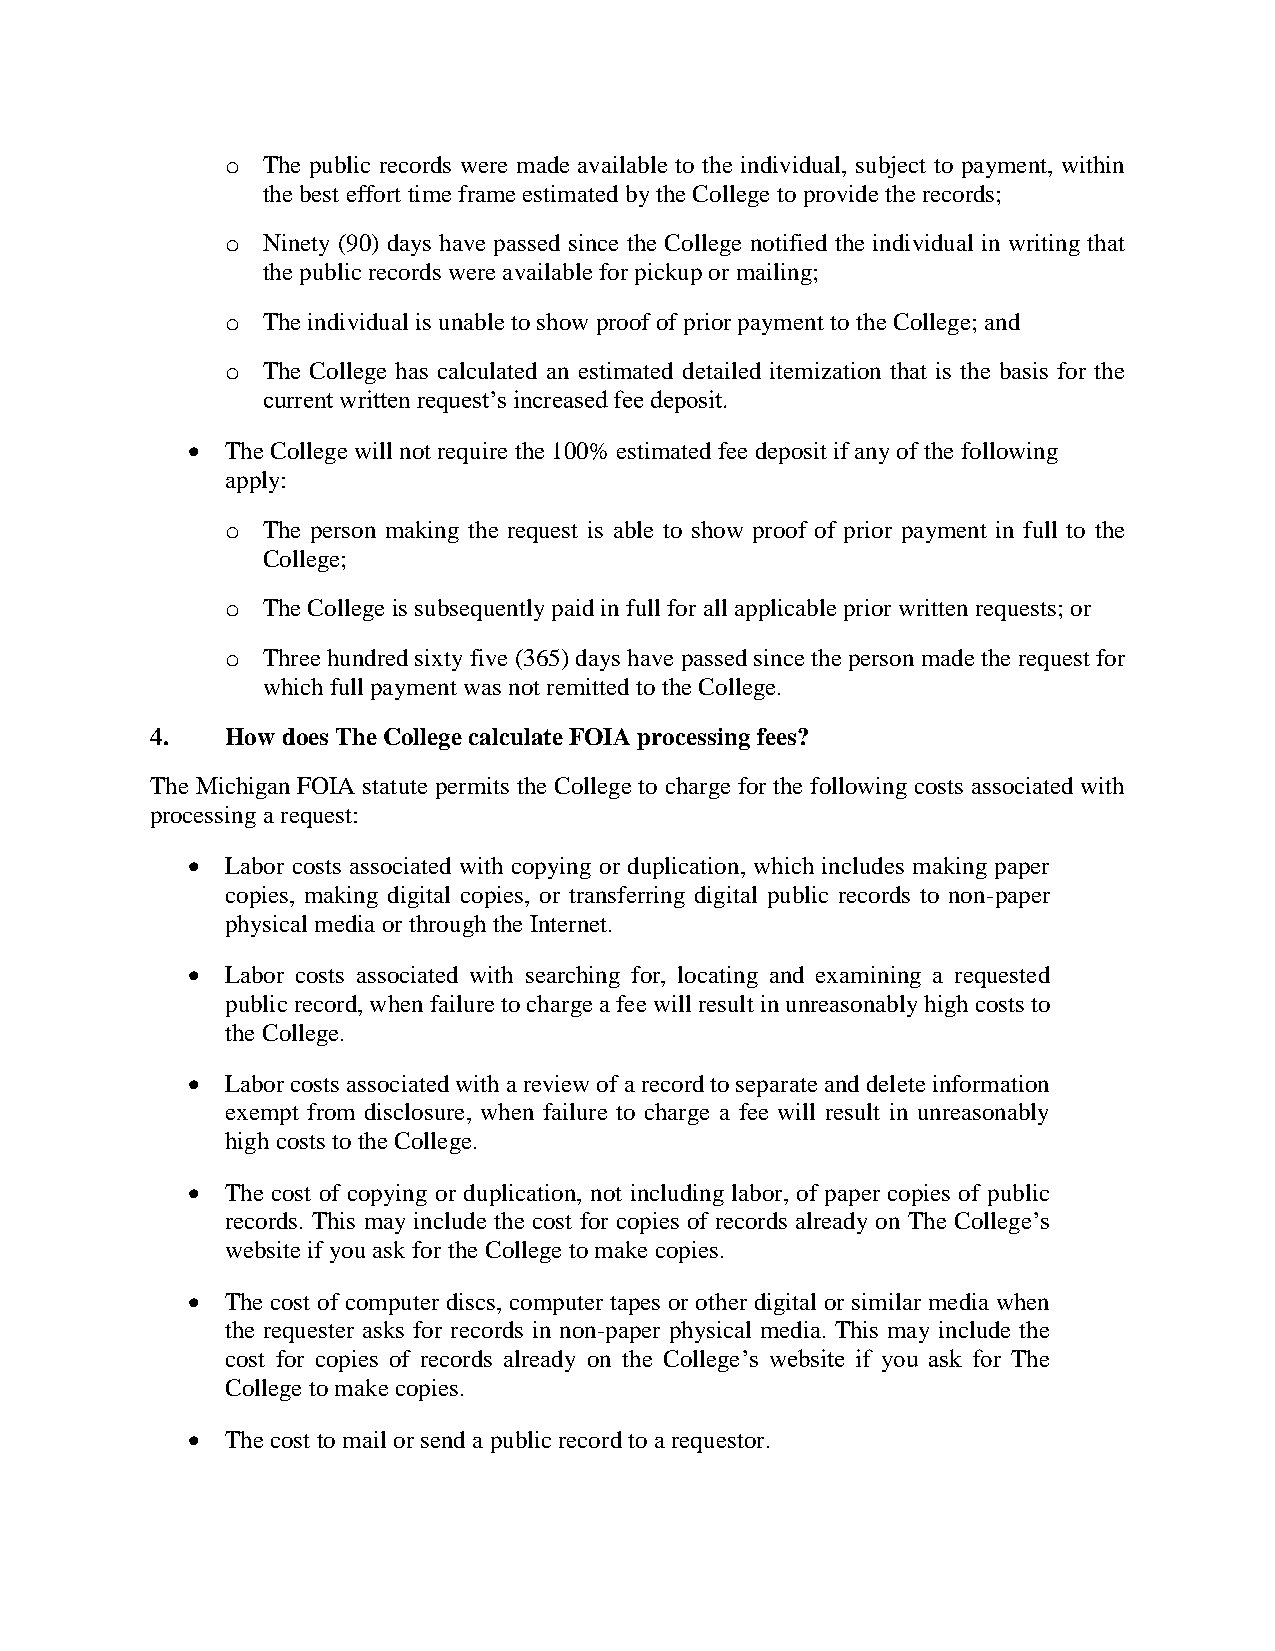
o The public records were made available to the individual, subject to payment, within
 the best effort time frame estimated by the College to provide the records;
 o Ninety (90) days have passed since the College notified the individual in writing that
 the public records were available for pickup or mailing;
 o The individual is unable to show proof of prior payment to the College; and
 o The College has calculated an estimated detailed itemization that is the basis for the
 current written request’s increased fee deposit.
   The College will not require the 100% estimated fee deposit if any of the following
 apply:
 o The person making the request is able to show proof of prior payment in full to the
 College;
 o The College is subsequently paid in full for all applicable prior written requests; or
 o Three hundred sixty five (365) days have passed since the person made the request for
 which full payment was not remitted to the College.
 4.   How does The College calculate FOIA processing fees?
 The Michigan FOIA statute permits the College to charge for the following costs associated with
 processing a request:
   Labor costs associated with copying or duplication, which includes making paper
 copies, making digital copies, or transferring digital public records to non-paper
 physical media or through the Internet.
   Labor costs associated with searching for, locating and examining a requested
 public record, when failure to charge a fee will result in unreasonably high costs to
 the College.
   Labor costs associated with a review of a record to separate and delete information
 exempt from disclosure, when failure to charge a fee will result in unreasonably
 high costs to the College.
   The cost of copying or duplication, not including labor, of paper copies of public
 records. This may include the cost for copies of records already on The College’s
 website if you ask for the College to make copies.
   The cost of computer discs, computer tapes or other digital or similar media when
 the requester asks for records in non-paper physical media. This may include the
 cost for copies of records already on the College’s website if you ask for The
 College to make copies.
   The cost to mail or send a public record to a requestor.